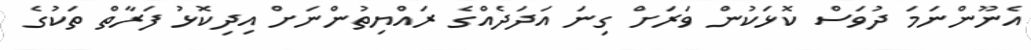
އެނޫންނަމަ ދުވަސް ކޮޅަކުން ވަރަށް ގިނަ އަދަދެއްގެ ރައްޔިތުންނަށް އިދިކޮޅު ފަރާތް ތަކުގެ